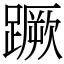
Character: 蹶